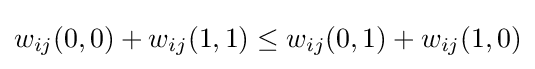
w_{ij}(0,0)+w_{ij}(1,1)\leq w_{ij}(0,1)+w_{ij}(1,0)